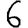
Digit: 6